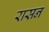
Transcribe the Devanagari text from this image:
रासन